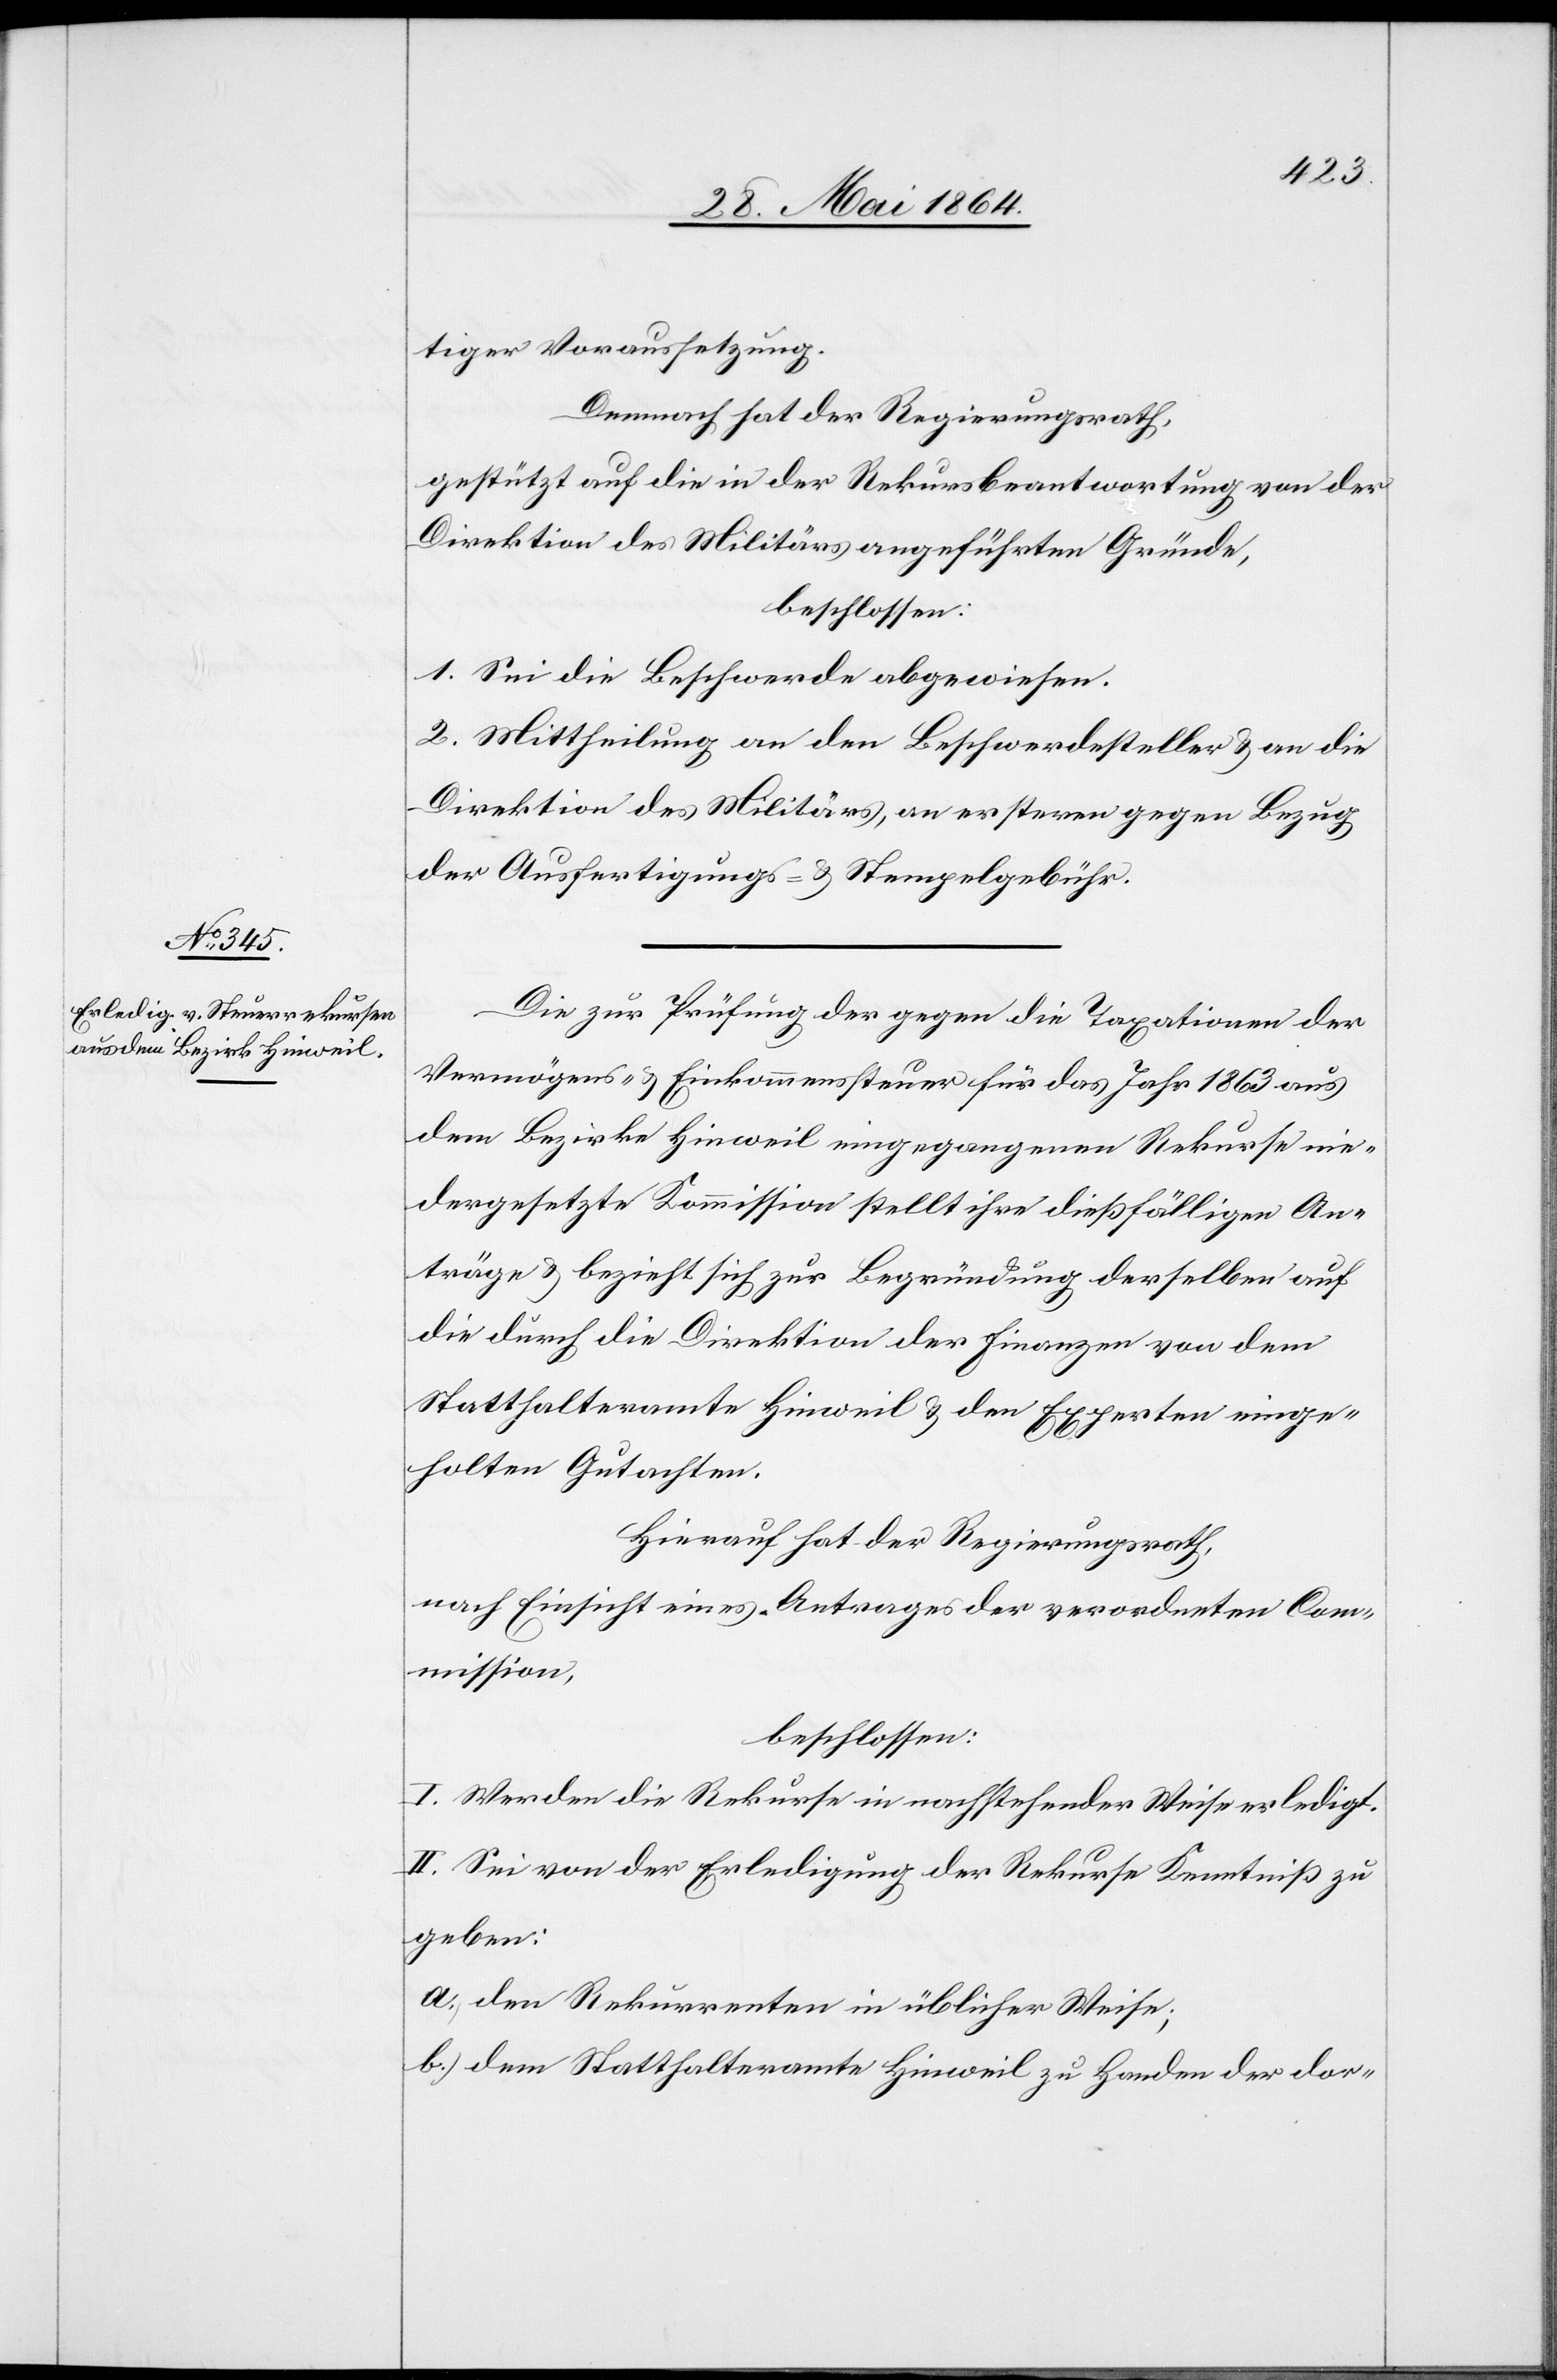
tiger Voraussetzung.
Demnach hat der Regierungsrath,
gestützt auf die in der Rekursbeantwortung von der
Direktion des Militärs angeführten Gründe,
beschlossen:
1. Sei die Beschwerde abgewiesen.
2. Mittheilung an den Beschwerdesteller u. an die
Direktion des Militärs, an ersteren gegen Bezug
der Ausfertigungs- u. Stempelgebühr.
Die zur Prüfung der gegen die Taxationen der
Vermögens- u. Einkommenssteuer für das Jahr 1863 aus
dem Bezirke Hinweil eingegangenen Rekurse nie¬
dergesetzte Kommission stellt ihre dießfälligen An¬
träge u. bezieht sich zur Begründung derselben auf
die durch die Direktion der Finanzen von dem
Statthalteramte Hinweil u. den Experten einge¬
holten Gutachten.
Hierauf hat der Regierungsrath,
nach Einsicht eines Antrages der verordneten Com¬
mission,
beschlossen:
I. Werden die Rekurse in nachstehender Weise erledigt.
II. Sei von der Erledigung der Rekurse Kenntniß zu
geben:
a.) den Rekurrenten in üblicher Weise;
b.) dem Statthalteramte Hinweil zu Handen der dor-